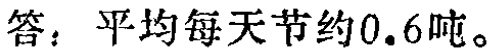
答：平均每天节约\(0.6\)吨。